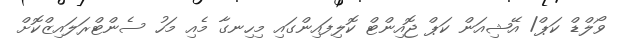
ވޯލްޑް ކަޕް/ އޭޝިއަން ކަޕް ޖޮއިންޓް ކޮލިފައިންގައި މިހިނގާ މެއި މަހު ސެންޓްރަލައިޒްކޮށް